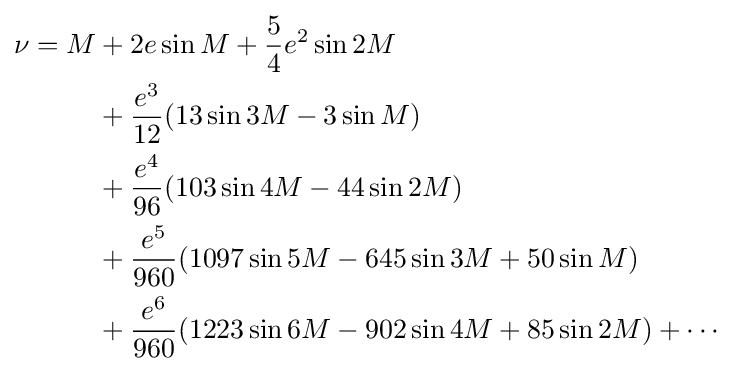
{\begin{aligned}\nu =M&{}+2e\sin M+{\frac {5}{4}}e^{2}\sin 2M\\&{}+{\frac {e^{3}}{12}}(13\sin 3M-3\sin M)\\&{}+{\frac {e^{4}}{96}}(103\sin 4M-44\sin 2M)\\&{}+{\frac {e^{5}}{960}}(1097\sin 5M-645\sin 3M+50\sin M)\\&{}+{\frac {e^{6}}{960}}(1223\sin 6M-902\sin 4M+85\sin 2M)+\cdots \end{aligned}}